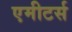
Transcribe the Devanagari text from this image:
एमीटर्स